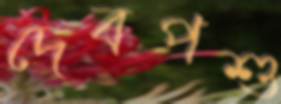
দেবপশু